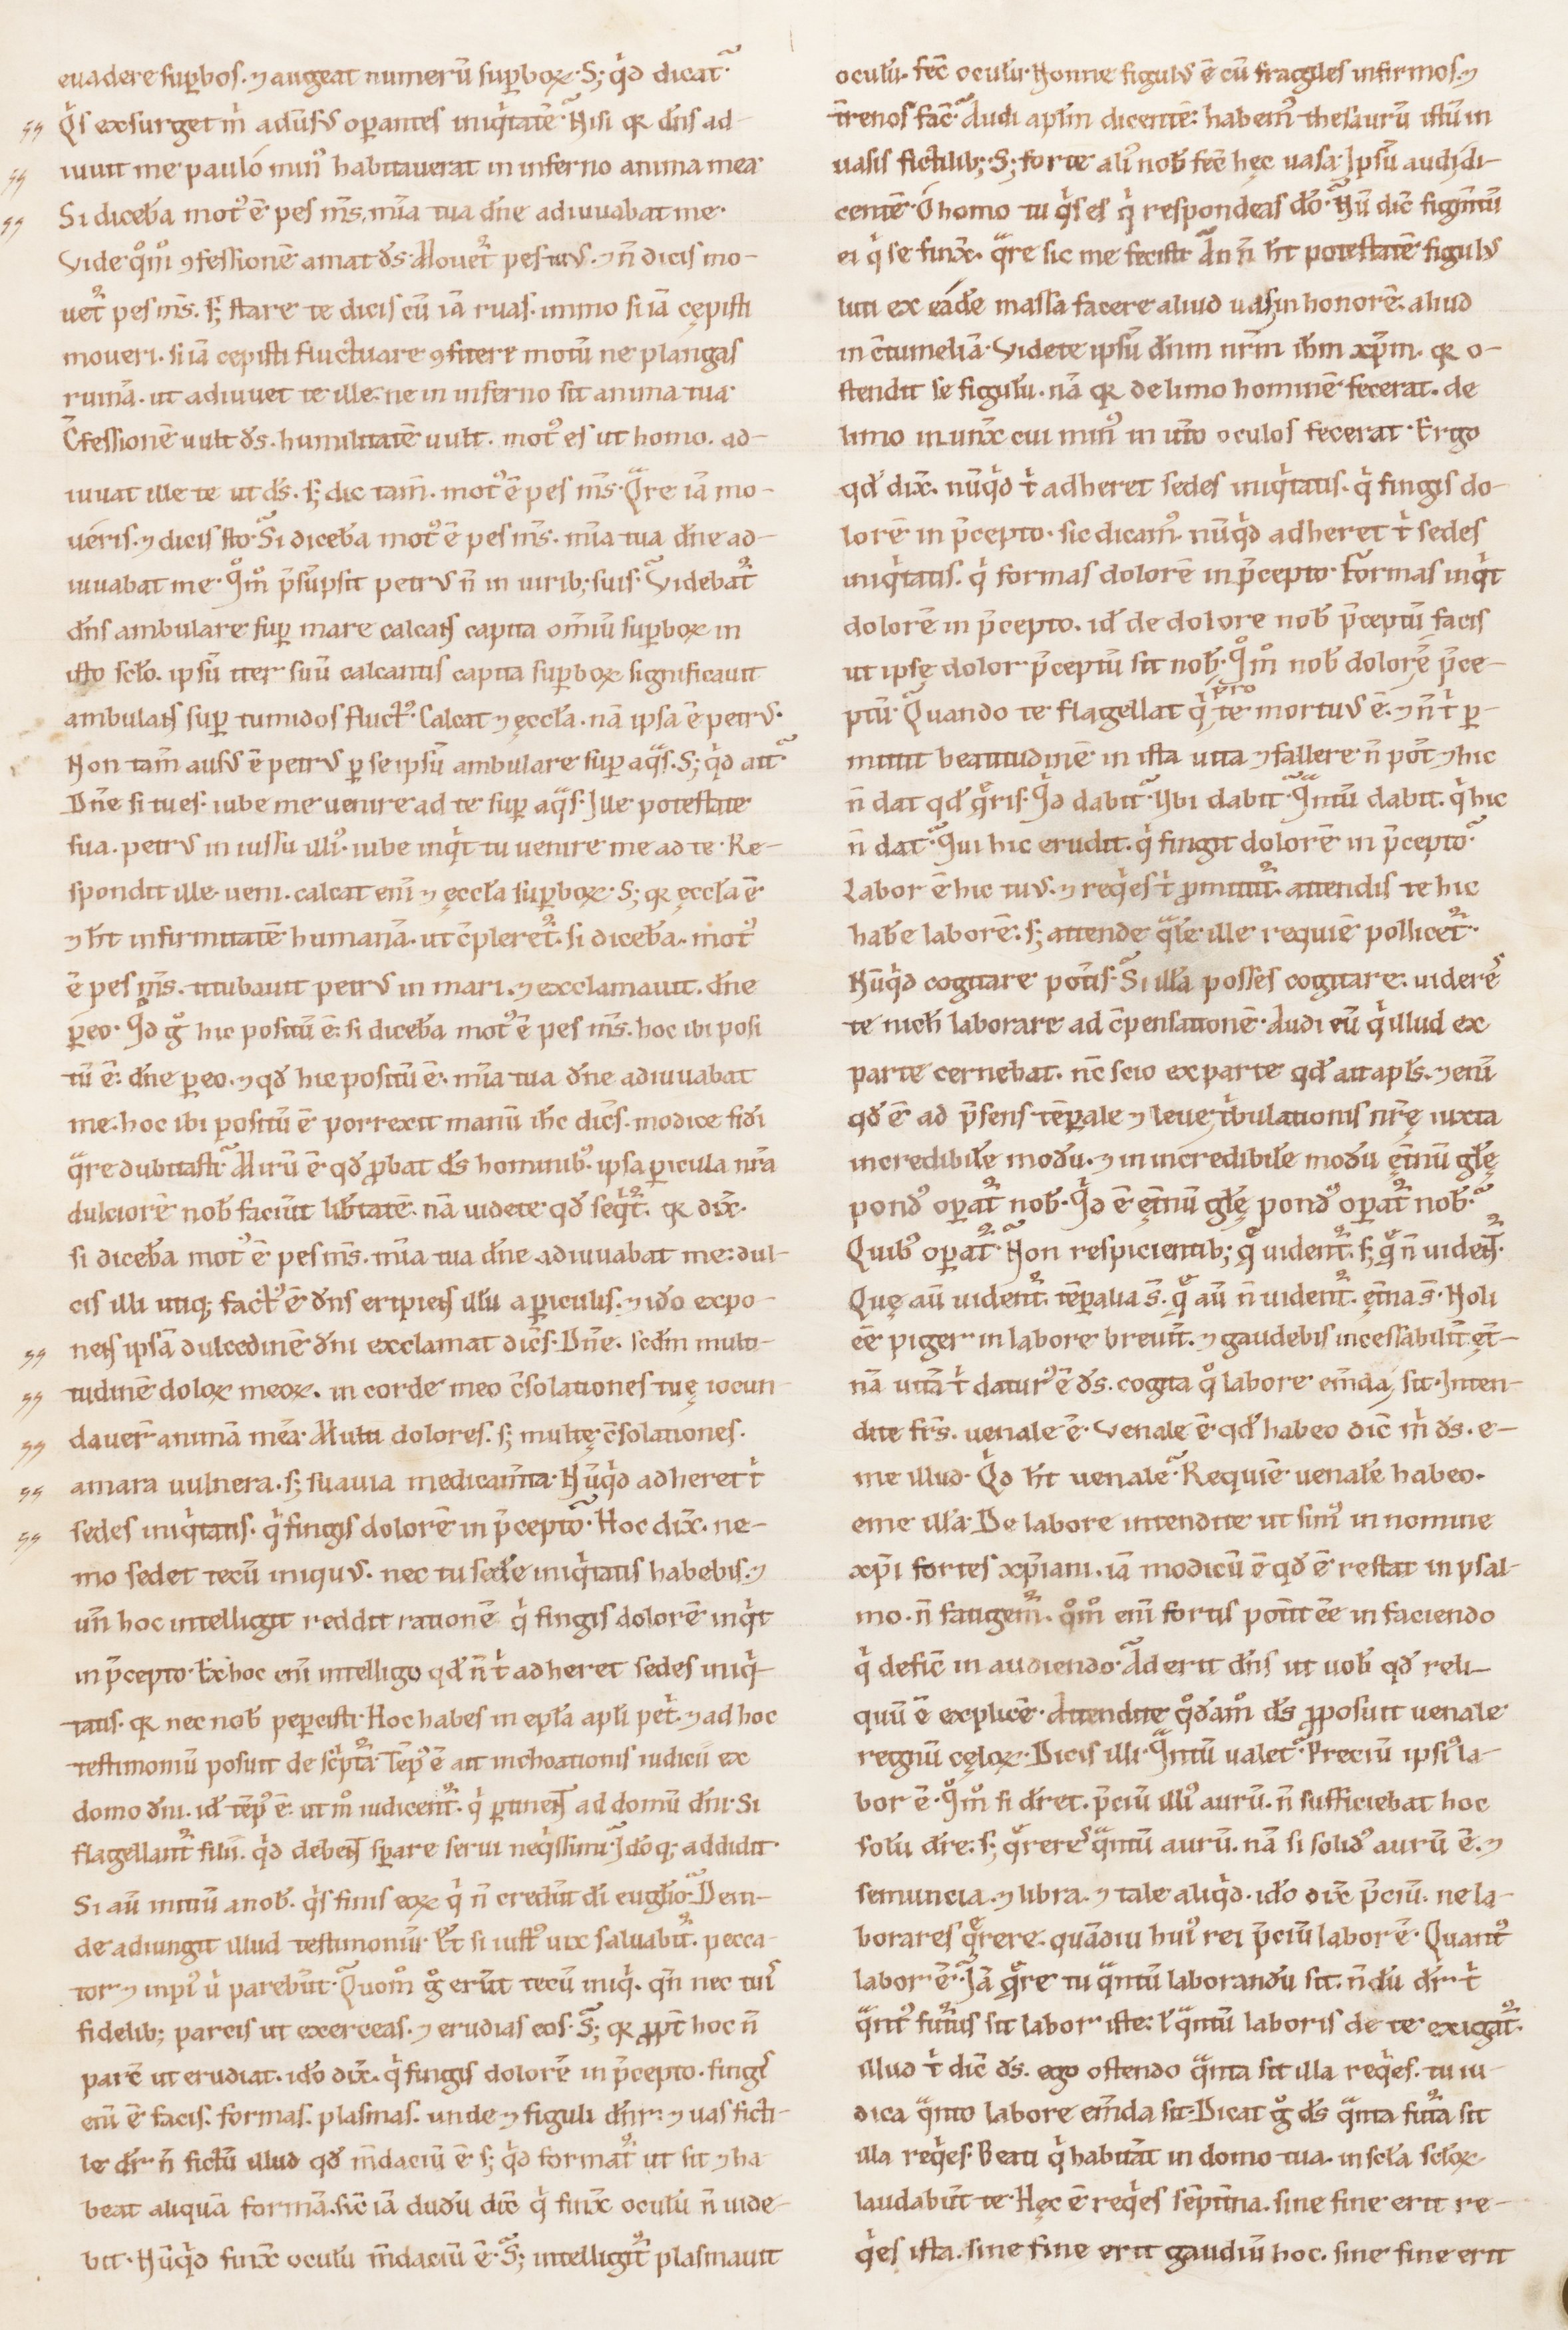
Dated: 1100–1199